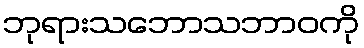
ဘုရားသဘောသဘာဝကို